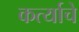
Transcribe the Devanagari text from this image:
कर्त्याचे